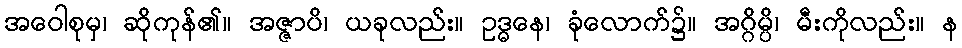
အဝေါစုမှ၊ ဆိုကုန်၏။ အဇ္ဇာပိ၊ ယခုလည်း။ ဥဒ္ဓနေ၊ ခုံလောက်၌။ အဂ္ဂိမ္ပိ၊ မီးကိုလည်း။ န